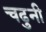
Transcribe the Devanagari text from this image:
चढुनी